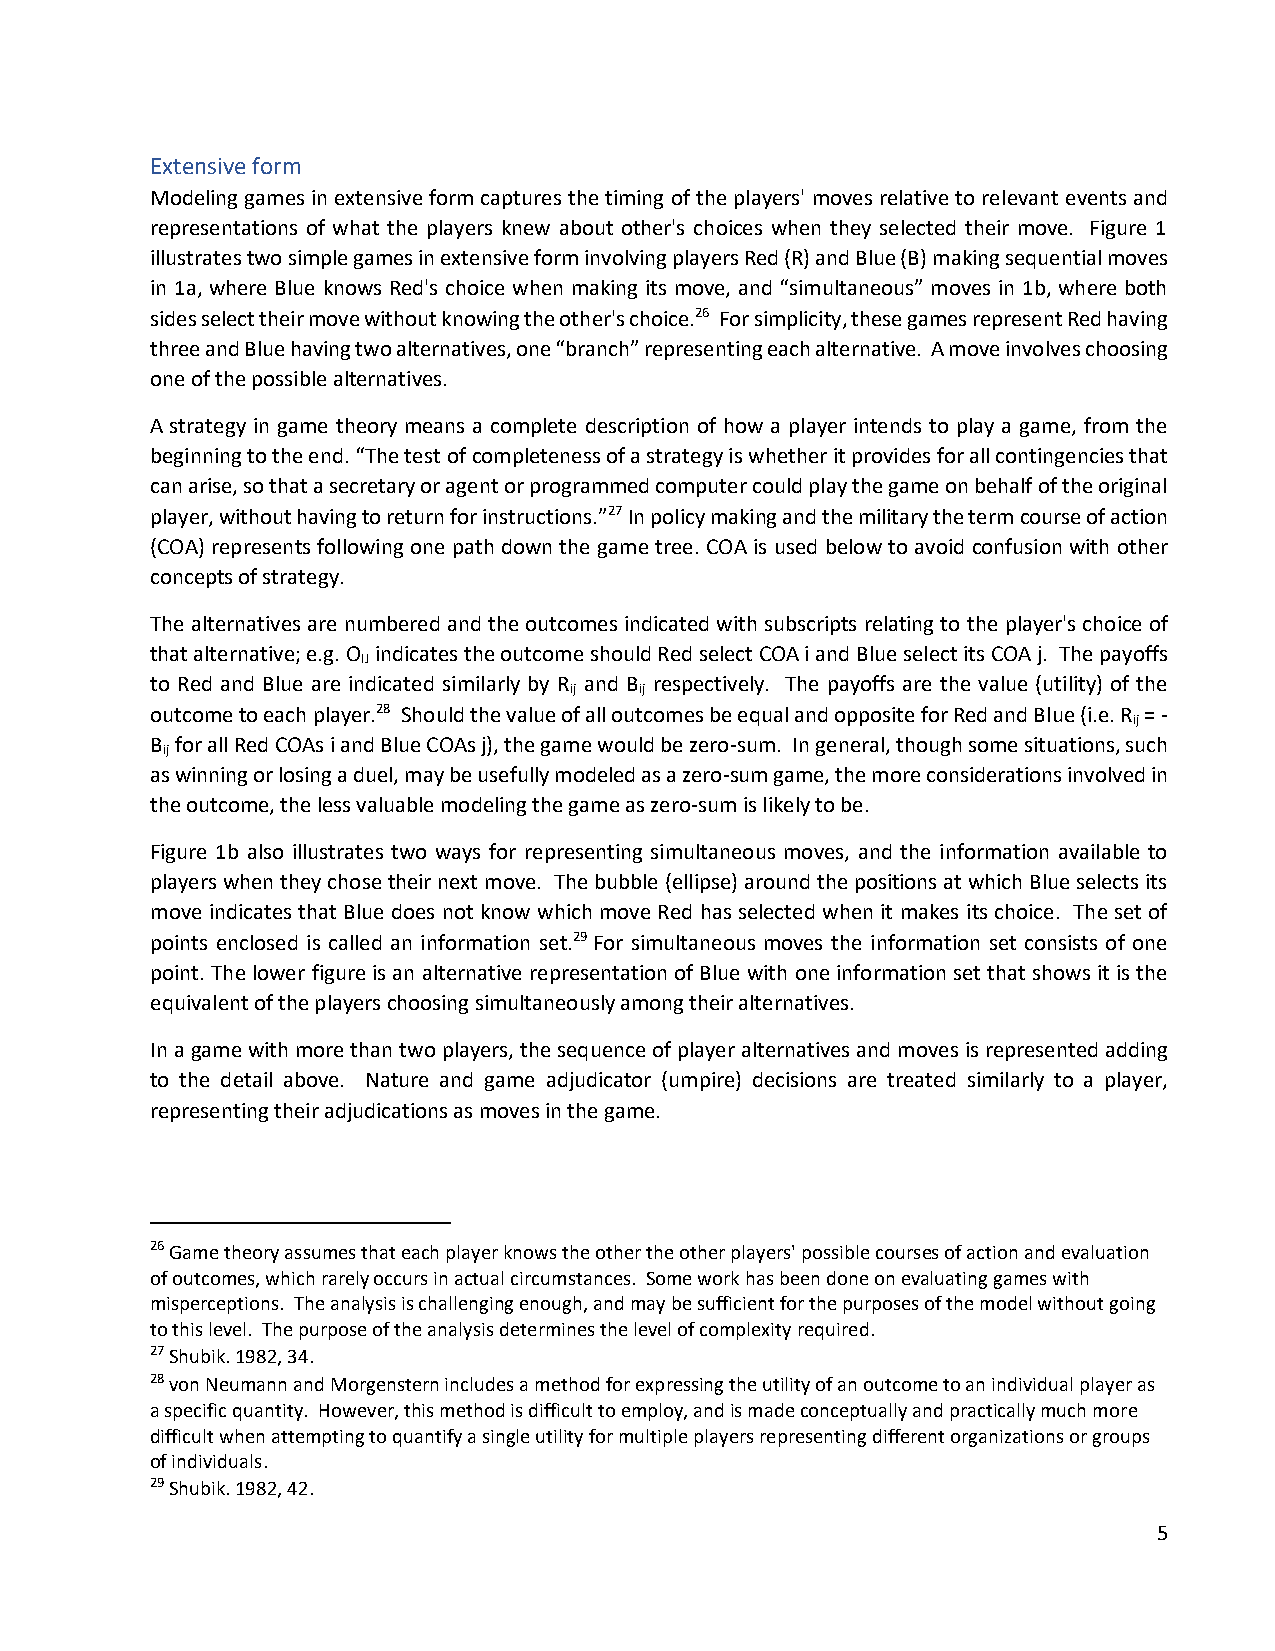
Extensive form
 Modeling games in extensive form captures the timing of the players' moves relative to relevant events and
 representations of what the players knew about other's choices when they selected their move. Figure 1
 illustrates two simple games in extensive form involving players Red (R) and Blue (B) making sequential moves
 in 1a, where Blue knows Red's choice when making its move, and “simultaneous” moves in 1b, where both
 sides select their move without knowing the other's choice.26 For simplicity, these games represent Red having
 three and Blue having two alternatives, one “branch” representing each alternative. A move involves choosing
 one of the possible alternatives.
 A strategy in game theory means a complete description of how a player intends to play a game, from the
 beginning to the end. “The test of completeness of a strategy is whether it provides for all contingencies that
 can arise, so that a secretary or agent or programmed computer could play the game on behalf of the original
 player, without having to return for instructions.”27 In policy making and the military the term course of action
 (COA) represents following one path down the game tree. COA is used below to avoid confusion with other
 concepts of strategy.
 The alternatives are numbered and the outcomes indicated with subscripts relating to the player's choice of
 that alternative; e.g. O indicates the outcome should Red select COA i and Blue select its COA j. The payoffs
 IJ
 to Red and Blue are indicated similarly by R and B respectively. The payoffs are the value (utility) of the
 ij  ij
 outcome to each player.28 Should the value of all outcomes be equal and opposite for Red and Blue (i.e. R = -
 ij
 B for all Red COAs i and Blue COAs j), the game would be zero-sum. In general, though some situations, such
 ij
 as winning or losing a duel, may be usefully modeled as a zero-sum game, the more considerations involved in
 the outcome, the less valuable modeling the game as zero-sum is likely to be.
 Figure 1b also illustrates two ways for representing simultaneous moves, and the information available to
 players when they chose their next move. The bubble (ellipse) around the positions at which Blue selects its
 move indicates that Blue does not know which move Red has selected when it makes its choice. The set of
 points enclosed is called an information set.29 For simultaneous moves the information set consists of one
 point. The lower figure is an alternative representation of Blue with one information set that shows it is the
 equivalent of the players choosing simultaneously among their alternatives.
 In a game with more than two players, the sequence of player alternatives and moves is represented adding
 to the detail above. Nature and game adjudicator (umpire) decisions are treated similarly to a player,
 representing their adjudications as moves in the game.
 26 Game theory assumes that each player knows the other the other players' possible courses of action and evaluation
 of outcomes, which rarely occurs in actual circumstances. Some work has been done on evaluating games with
 misperceptions. The analysis is challenging enough, and may be sufficient for the purposes of the model without going
 to this level. The purpose of the analysis determines the level of complexity required.
 27 Shubik. 1982, 34.
 28 von Neumann and Morgenstern includes a method for expressing the utility of an outcome to an individual player as
 a specific quantity. However, this method is difficult to employ, and is made conceptually and practically much more
 difficult when attempting to quantify a single utility for multiple players representing different organizations or groups
 of individuals.
 29 Shubik. 1982, 42.
 5